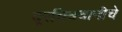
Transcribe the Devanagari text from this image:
दूरचित्रवानीचे